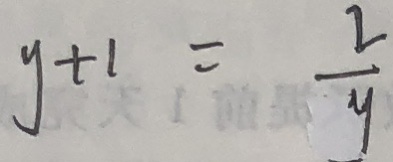
y + 1 = \frac { 2 } { y }